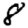
Digit: 8